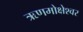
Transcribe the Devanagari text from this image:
ऋणमोक्षेश्वर